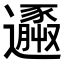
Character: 𨘹